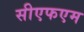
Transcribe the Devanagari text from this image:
सीएफएम